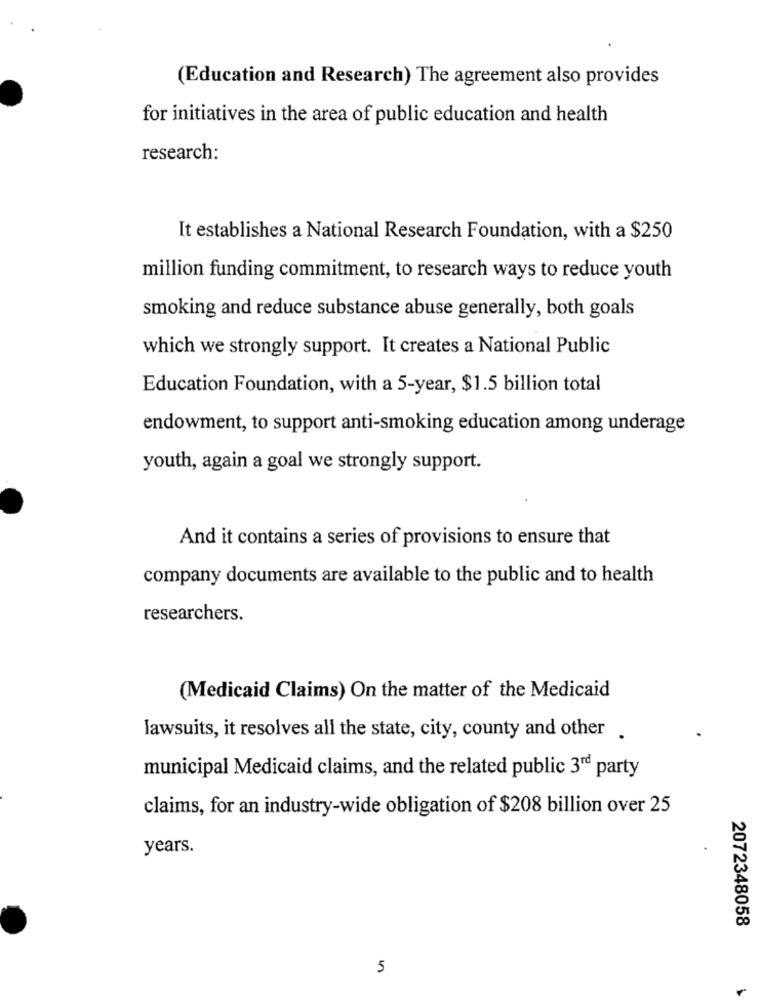
(Education and Research) The agreement also provides
for initiatives in the area of public education and health
research:
It establishes a National Research Foundation, with a $250
million funding commitment, to research ways to reduce youth
smoking and reduce substance abuse generally, both goals
which we strongly support. It creates a National Public
Education Foundation, with a 5-year, $1.5 billion total
endowment, to support anti-smoking education among underage
youth, again a goal we strongly support.
And it contains a series of provisions to ensure that
company documents are available to the public and to health
researchers.
(Medicaid Claims) On the matter of the Medicaid
lawsuits, it resolves all the state, city, county and other .
municipal Medicaid claims, and the related public 3rd party
claims, for an industry-wide obligation of $208 billion over 25
years.
2072348058
5